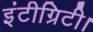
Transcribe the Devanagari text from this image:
इंटीग्रिटी।